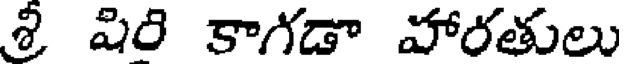
శ్రీ షిరి కాగడా హారతులు